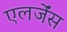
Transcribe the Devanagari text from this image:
एलर्जेंस